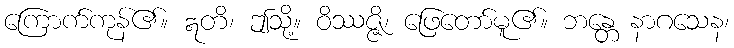
ကြောက်ကုန်၏။ ဣတိ၊ ဤသို့။ ဝိဿဇ္ဇိ၊ ဖြေတော်မူ၏။ ဘန္တေ နာဂသေန၊